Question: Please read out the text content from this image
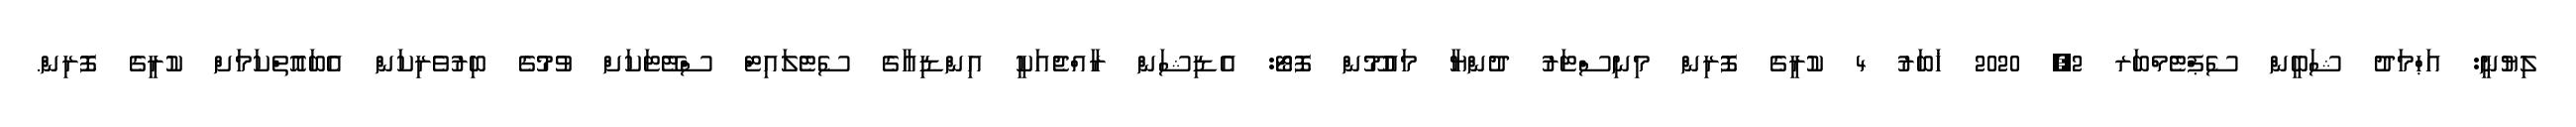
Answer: ލިޔުނީ: އަޙްމަދު ޝަބީން ސެޕްޓެމްބަރ 2, 2020 ޚަބަރު 4 ކުރީގެ ފޮރިން މިނިސްޓަރު ދުންޔާ މައުމޫން ފޮޓޯ: އެޑިޝަން ރާއްޖެއަކީ އިންޑިއާގެ ސެޓެލައިޓް ސްޓޭޓަކަށް ވުމުގެ ބިރުވެރިކަން އެބައޮތްކަމަށް ކުރީގެ ފޮރިން.